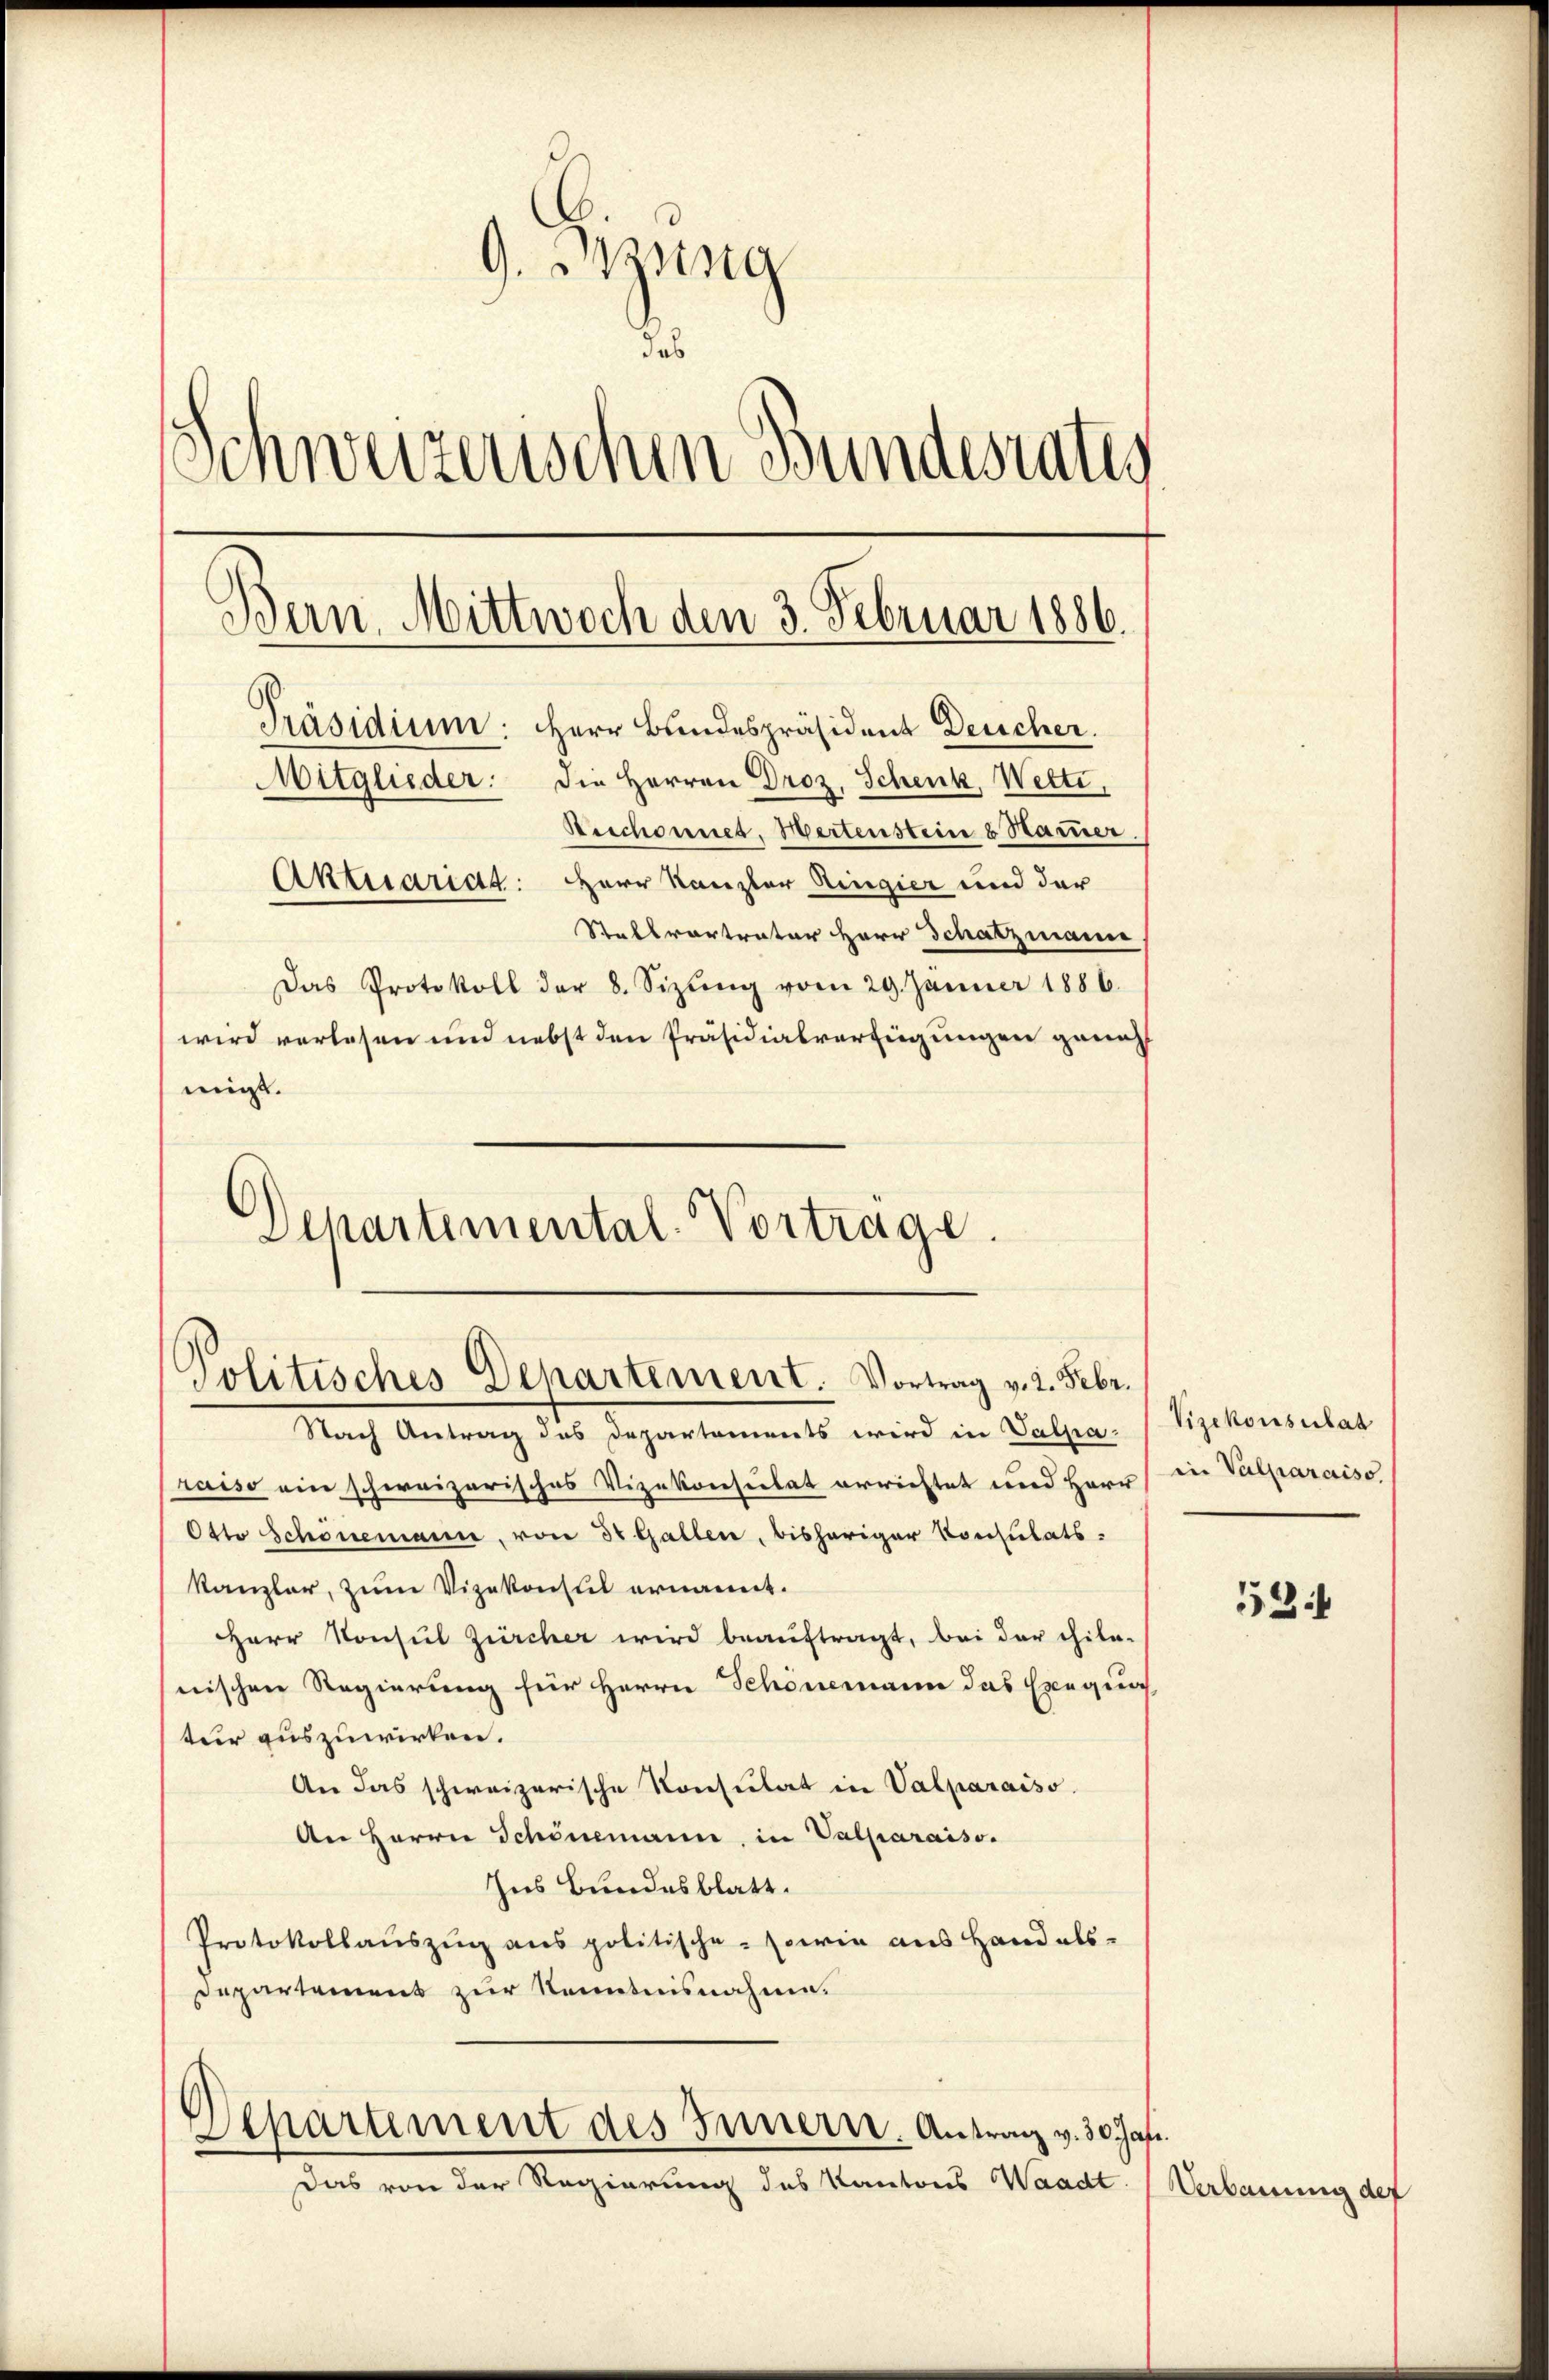
9. Bzng
das
s
Schweizerischen Bundesrates
Bern. Mittwoch den 3. Februar 1886.
Präsidium. Herr Bundespräsident Deucher.
Mitglieder: die Herren Droz. Schenk, Wette
Beschonnes, Wertenstein 8 Hammer
Aktuariad: Herr Kanzler Ringier und der
Stallvertrater Herr Schatzmann
Das Protokoll der 8. Sizŭng vom 29. Jänner 1886.
wird verlesen und nebst den Präsidialverfeigungen ganz
migt.

Departemental-Vortrage.

Nach Antrag des Departements wird in Valpa
raiso ein schweizerisches Vizekonsulat errichtet und Herr (in Valparaiso
Otto Schönemann, von 30 Gallen, bisheriger Konsulats-
Kanzler, zum Vizekonsul ernannt.
HHerr Konsul Zürcher wird beauftragt, bei der chile-
nischen Regierung für Herrn Schönemann das Exequa
tur auszuwirken.
An das schweizerische Konsulat in Valparaiso
An Herrn Schönemann, in Valparaiso
Ins Bundesblatt.
Protokollauszug aus politische sowie aus Hand als-
Departement zur Kenntnisnahme.

Politisches Departement. Vortrag v. 2. Febr.

Departement des Innern. Antrag v. 30 Jahr.

Das von der Regierung des Kantons Waadt

Vizekonsulat

53

Verbauung der